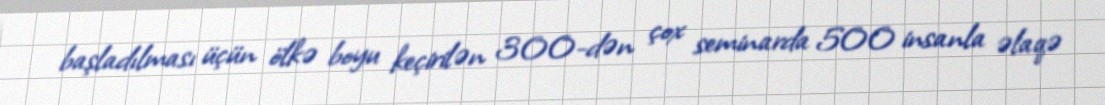
başladılması üçün ölkə boyu keçirilən 300-dən çox seminarda 500 insanla əlaqə